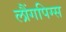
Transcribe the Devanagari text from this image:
लौंगपिग्स